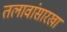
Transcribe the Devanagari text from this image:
तलावांसारखा